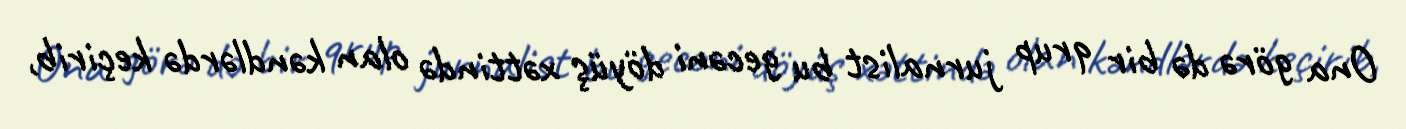
Ona görə də bir qrup jurnalist bu gecəni döyüş xəttində olan kəndlərdə keçirib,